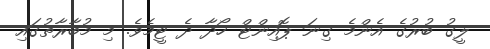
ލީގު ބުރުގެ އެންމެ ގިނަ ޕޮއިންޓް ހޯދާ ދެ ޓީމެވެ. މި މުބާރާތުގައި